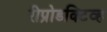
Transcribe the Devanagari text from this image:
रीप्रोडक्टिव्ह